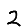
Digit: 2